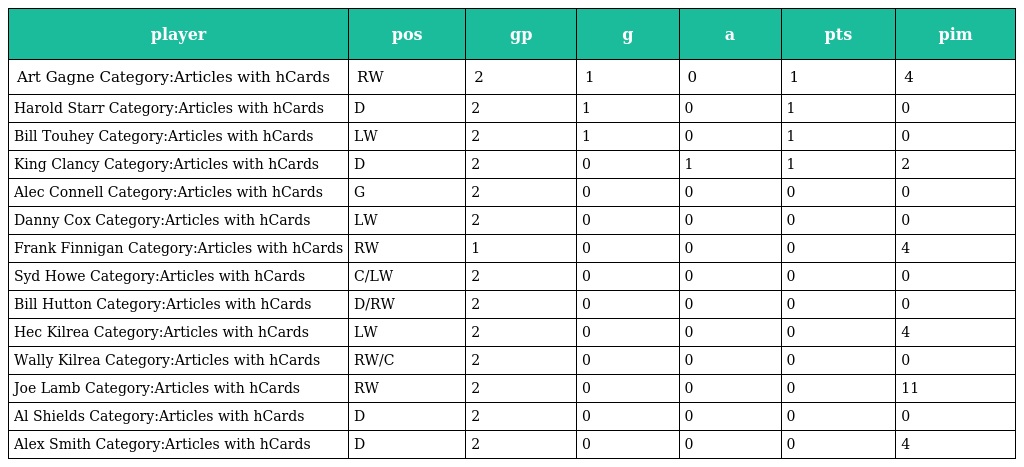
| player | pos | gp | g | a | pts | pim |
 | --- | --- | --- | --- | --- | --- | --- |
 | Art Gagne Category:Articles with hCards | RW | 2 | 1 | 0 | 1 | 4 |
 | Harold Starr Category:Articles with hCards | D | 2 | 1 | 0 | 1 | 0 |
 | Bill Touhey Category:Articles with hCards | LW | 2 | 1 | 0 | 1 | 0 |
 | King Clancy Category:Articles with hCards | D | 2 | 0 | 1 | 1 | 2 |
 | Alec Connell Category:Articles with hCards | G | 2 | 0 | 0 | 0 | 0 |
 | Danny Cox Category:Articles with hCards | LW | 2 | 0 | 0 | 0 | 0 |
 | Frank Finnigan Category:Articles with hCards | RW | 1 | 0 | 0 | 0 | 4 |
 | Syd Howe Category:Articles with hCards | C/LW | 2 | 0 | 0 | 0 | 0 |
 | Bill Hutton Category:Articles with hCards | D/RW | 2 | 0 | 0 | 0 | 0 |
 | Hec Kilrea Category:Articles with hCards | LW | 2 | 0 | 0 | 0 | 4 |
 | Wally Kilrea Category:Articles with hCards | RW/C | 2 | 0 | 0 | 0 | 0 |
 | Joe Lamb Category:Articles with hCards | RW | 2 | 0 | 0 | 0 | 11 |
 | Al Shields Category:Articles with hCards | D | 2 | 0 | 0 | 0 | 0 |
 | Alex Smith Category:Articles with hCards | D | 2 | 0 | 0 | 0 | 4 |